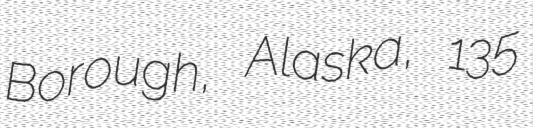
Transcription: Borough, Alaska, 135